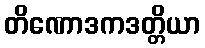
တိဏောဒကဒတ္တိယာ